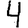
Digit: 4